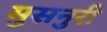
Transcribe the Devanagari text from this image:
मुसनुरी